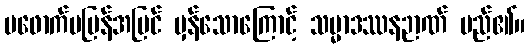
မဖောက်မပြန်အမြင် မှန်သောကြောင့် သမ္မာဒဿနဉာဏ် မည်၏။